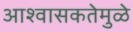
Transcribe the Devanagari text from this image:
आश्वासकतेमुळे